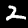
Digit: 2